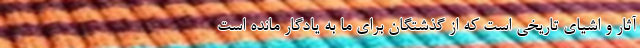
آثار و اشیای تاریخی است که از گذشتگان برای ما به یادگار مانده است